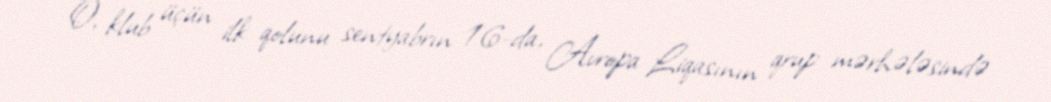
O, klub üçün ilk qolunu sentyabrın 16-da, Avropa Liqasının qrup mərhələsində